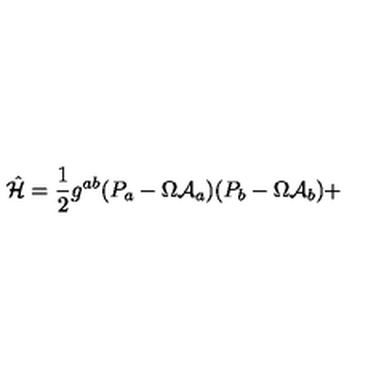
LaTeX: \hat { { \cal H } } = \frac { 1 } { 2 } g ^ { a b } ( P _ { a } - \Omega { \cal A } _ { a } ) ( P _ { b } - \Omega { \cal A } _ { b } ) +